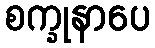
စက္ခုနာပေ